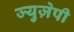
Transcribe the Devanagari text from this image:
ज्युज़ेपी